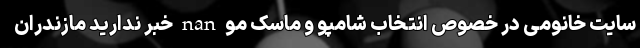
سایت خانومی در خصوص انتخاب شامپو و ماسک مو nan خبر ندارید مازندران